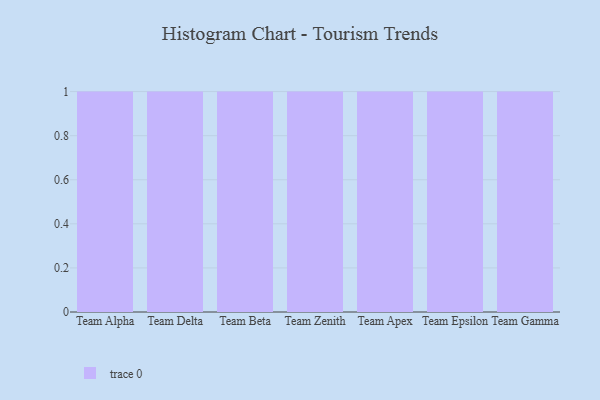
{"axis": {"x": "Team", "y": "LTV (USD)"}, "legend": [""], "data": [{"x": "Team Alpha", "y": 13, "type": ""}, {"x": "Team Delta", "y": 10, "type": ""}, {"x": "Team Beta", "y": 99, "type": ""}, {"x": "Team Zenith", "y": 58, "type": ""}, {"x": "Team Apex", "y": 14, "type": ""}, {"x": "Team Epsilon", "y": 43, "type": ""}, {"x": "Team Gamma", "y": 55, "type": ""}]}